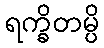
ရက္ခိတမ္ပိ